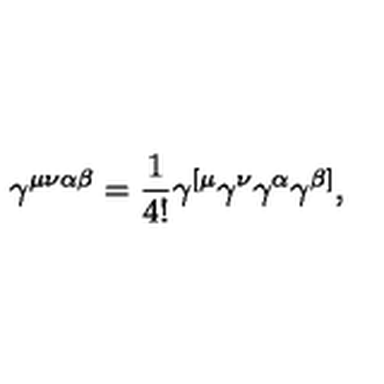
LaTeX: \gamma ^ { \mu \nu \alpha \beta } = \frac { 1 } { 4 ! } \gamma ^ { [ \mu } \gamma ^ { \nu } \gamma ^ { \alpha } \gamma ^ { \beta ] } ,